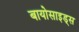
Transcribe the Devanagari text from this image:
बायोसाइड्स